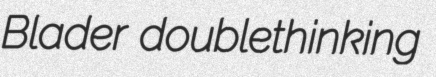
Blader doublethinking